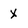
Character: x